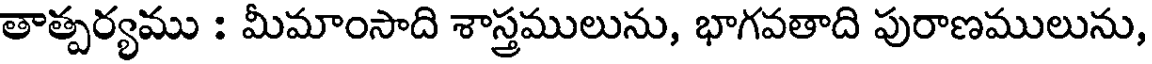
తాత్పర్యము : మీమాంసాది శాస్తములును, భాగవతాది పురాణములును,